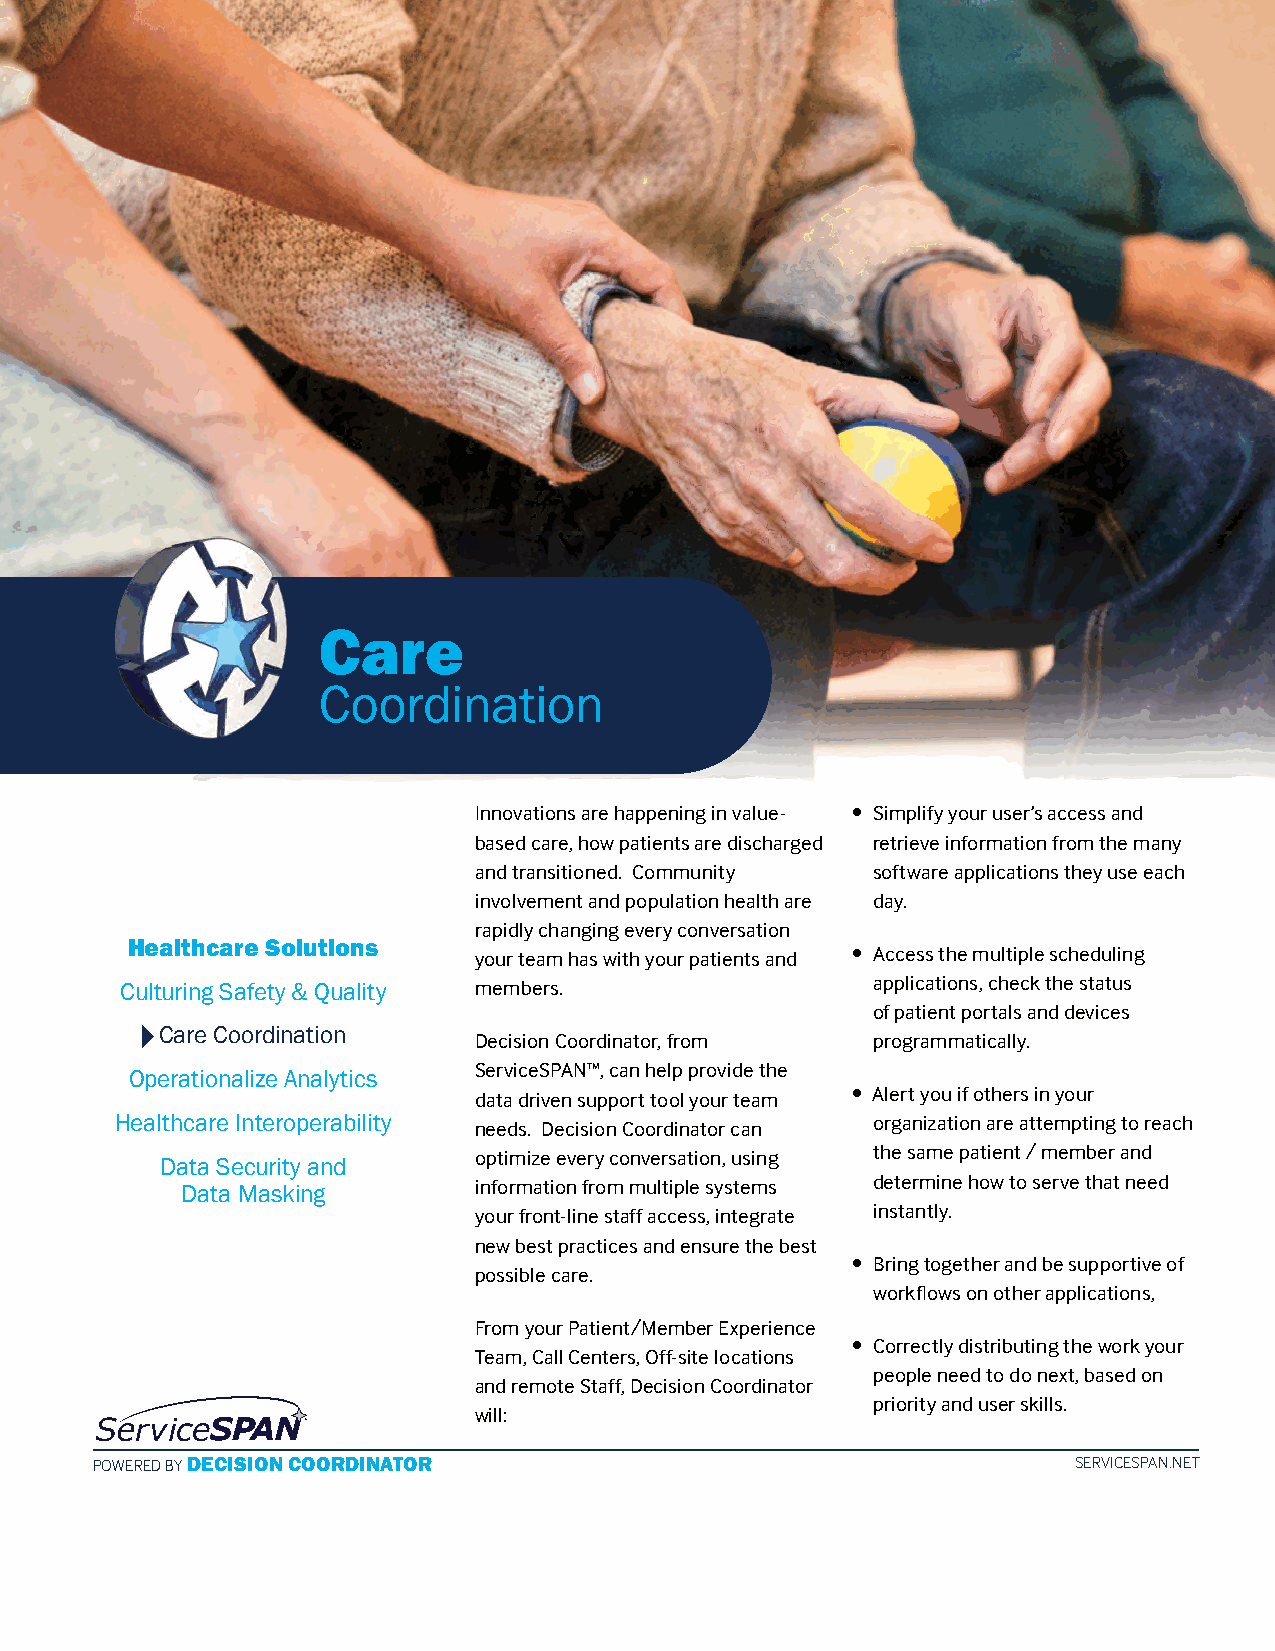
Care
 Coordination
 Innovations are happening in value- • Simplify your user’s access and
 based care, how patients are discharged retrieve information from the many
 and transitioned. Community software applications they use each
 involvement and population health are day.
 rapidly changing every conversation
 Healthcare Solutions   your team has with your patients and • Access the multiple scheduling
 Culturing Safety & Quality members.               applications, check the status
 of patient portals and devices
 Care Coordination   Decision Coordinator, from programmatically.
 ServiceSPAN™, can help provide the
 Operationalize Analytics
 data driven support tool your team • Alert you if others in your
 Healthcare Interoperability needs. Decision Coordinator can organization are attempting to reach
 optimize every conversation, using the same patient / member and
 Data Security and
 information from multiple systems determine how to serve that need
 Data Masking
 your front-line staff access, integrate instantly.
 new best practices and ensure the best
 • Bring together and be supportive of
 possible care.
 workflows on other applications,
 From your Patient/Member Experience
 • Correctly distributing the work your
 Team, Call Centers, Off-site locations
 people need to do next, based on
 and remote Staff, Decision Coordinator
 priority and user skills.
 will:
 POWERED BY DECISION COORDINATOR                                  SERVICESPAN.NET